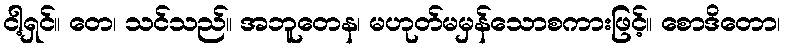
ငါ့ရှင်။ တေ၊ သင်သည်။ အဘူတေန၊ မဟုတ်မမှန်သောစကားဖြင့်။ စောဒိတော၊